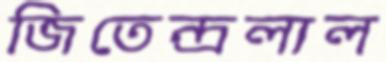
জিতেন্দ্রলাল